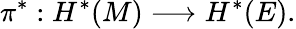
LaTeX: \pi^{*}:H^{*}(M)\longrightarrow H^{*}(E).